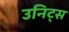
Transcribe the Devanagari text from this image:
उनिट्स